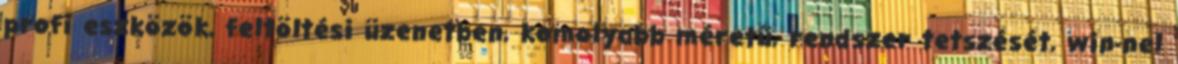
profi eszközök, feltöltési üzenetben, komolyabb méretű, rendszer tetszését, win-nel